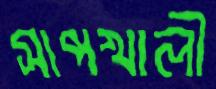
সাপখালী